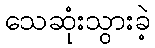
သေဆုံးသွားခဲ့